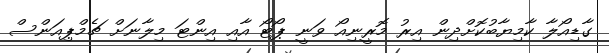
ގާޑިއޯލާ ކާމިޔާބުކޮށްދިން އިރު މޮރީނިއޯ ވަނީ ޕޯޓޯ އާއި އިންޓަ މިލާނަށް ޗެމްޕިއަންސް